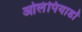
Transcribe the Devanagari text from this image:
ओलंपियाडों